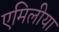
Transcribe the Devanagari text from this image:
एमिलीया